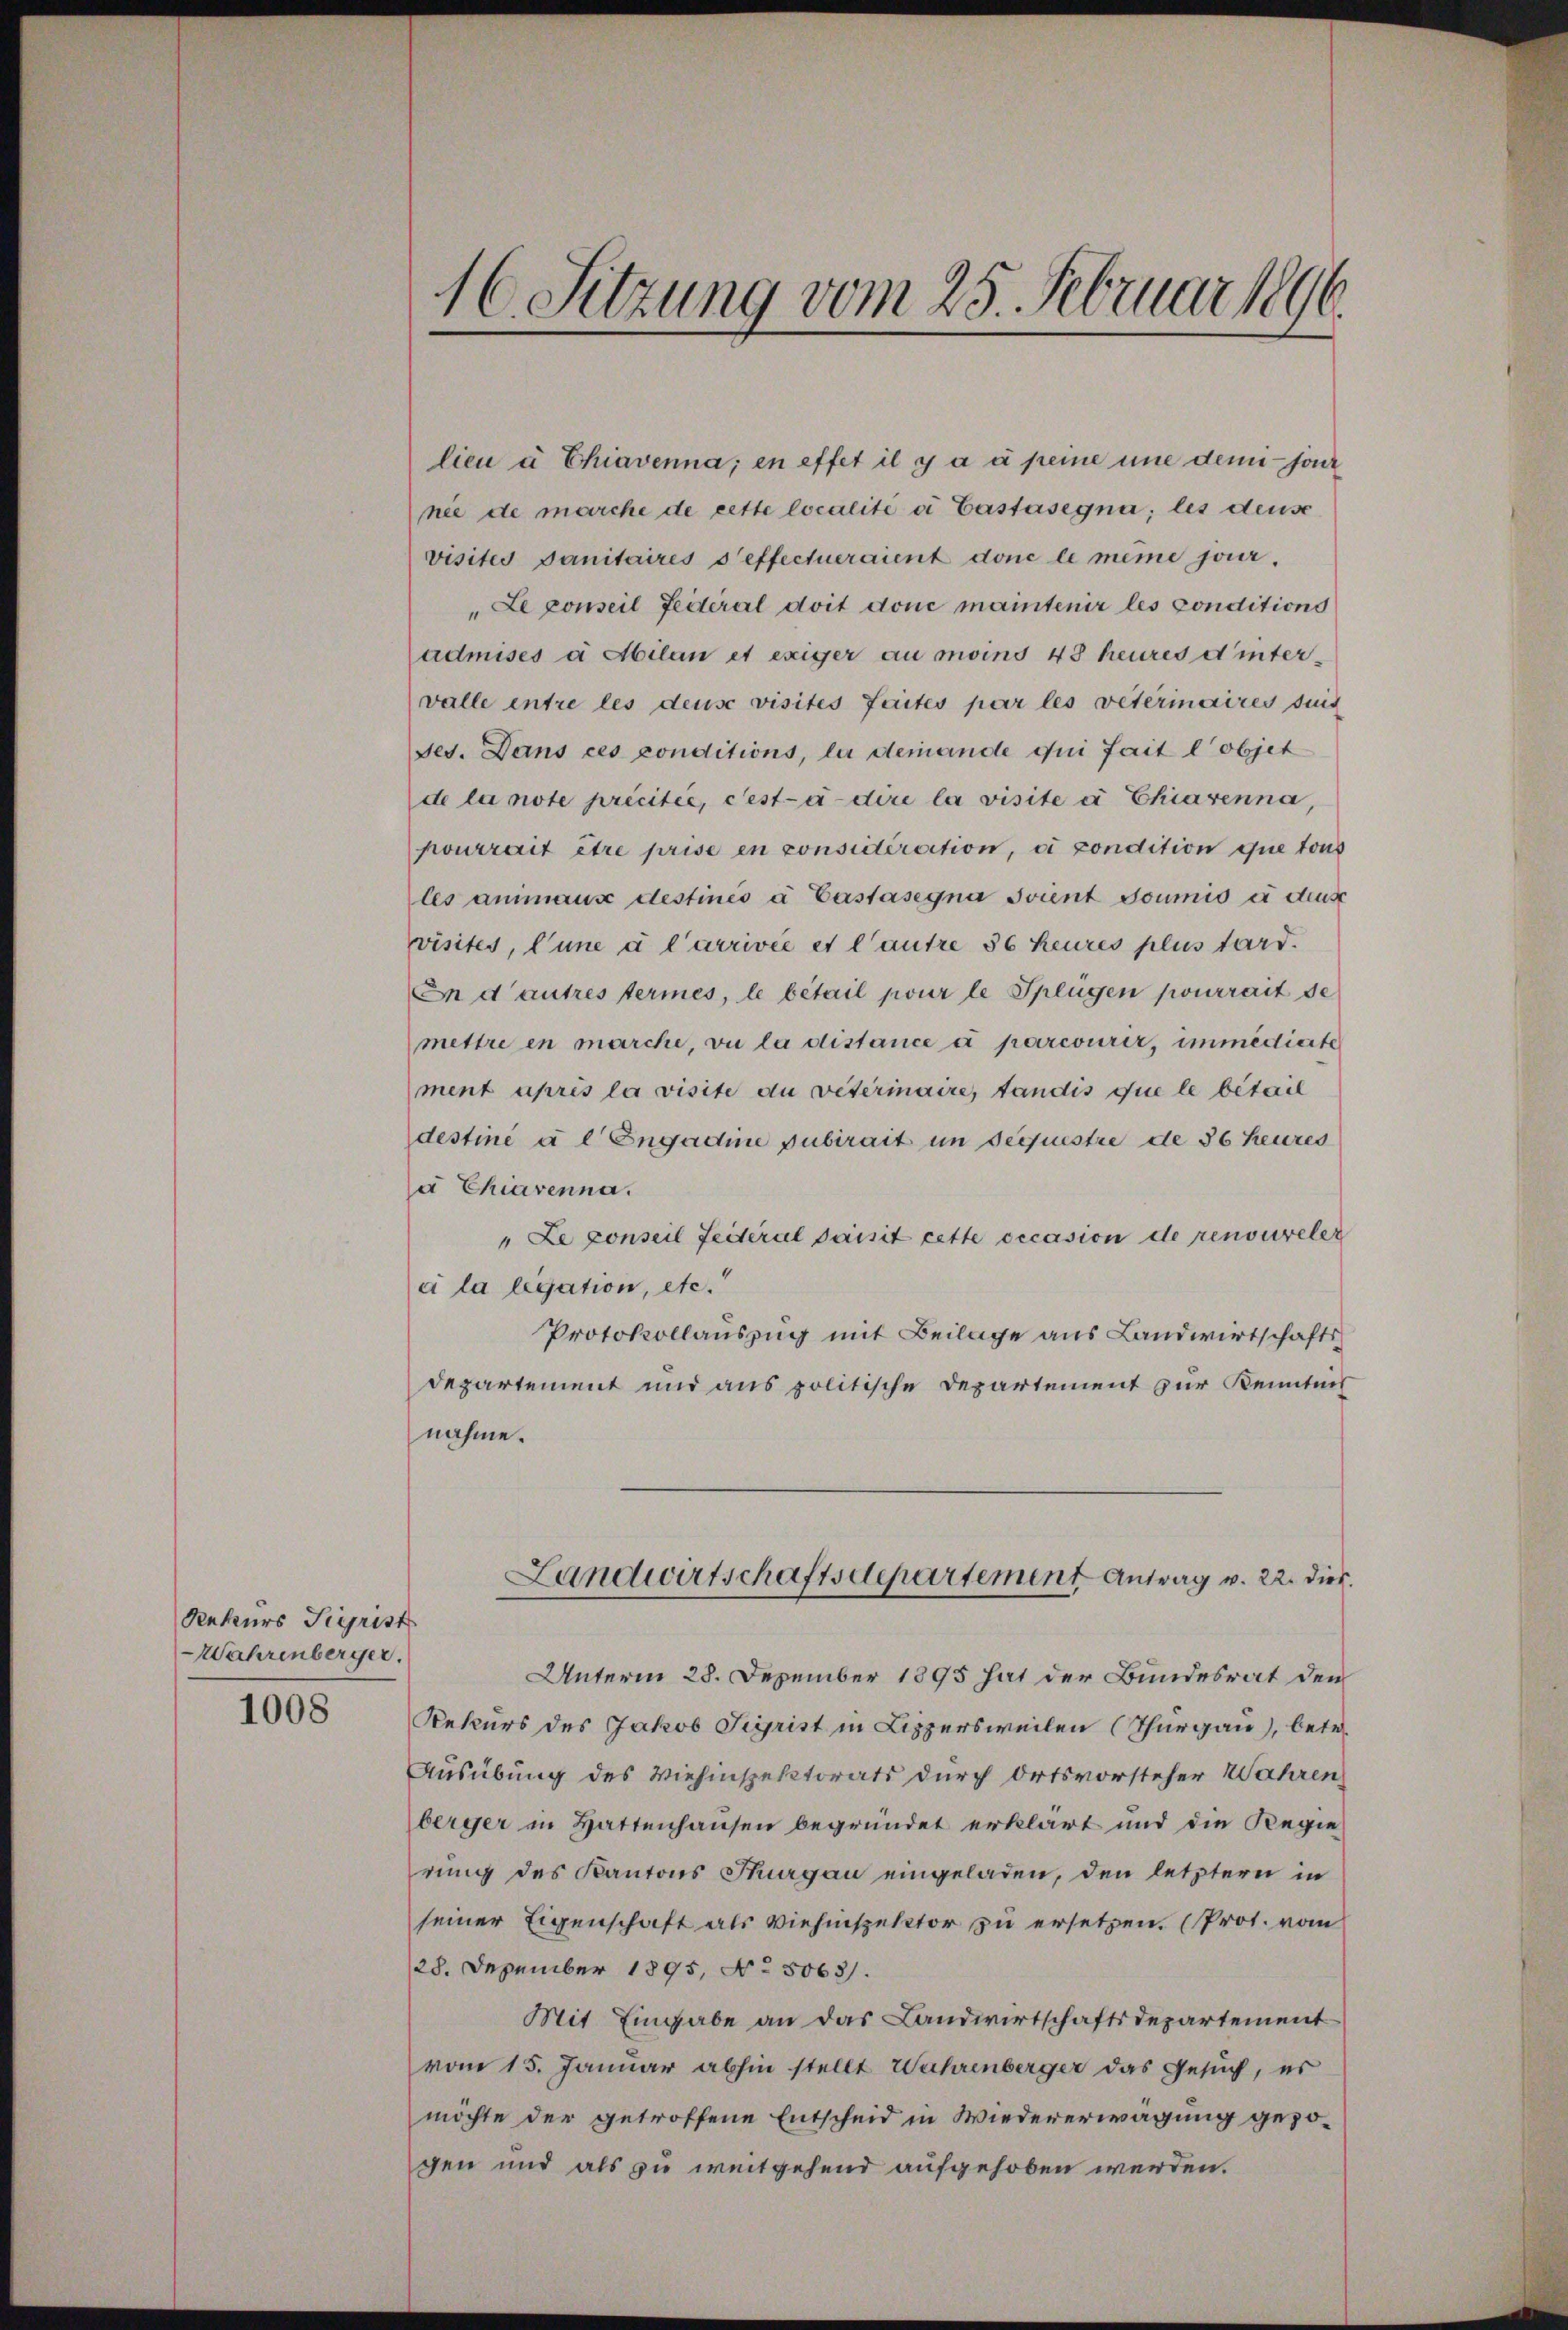
Rekurs Sigrist
Wahrenberger.

1008

16. Sitzung vom 25. Februar 1896.

lien à Chiavenna; en effet il y a à peine une dem sont
nee de marche de cette localité a Castasegna; les deuse
visites Sanitaires oeffectueraient donc le même jour.
"Le ponseil Leiteral doit done maintenir les conditions
admises à Abilan et exiger au moins 48 heures et intervalle entre les deuse visites faites par les veterinaires suis
ses. Dans ces conditions, le demande qui fait l’objet
de la note précitée, cest-à-dire la visite à Chiavenna,
pourrait être prise en considération, ei condition que tous
les animaux destinés à Castasegna Joient doumis in dens
visites, l’une à l’arrivée et l’autre 36 heures plus tard.
n d’autres termes, le bétail pour le Spengen pourrait de
mettre en marche, vie la distance a parcourir, immedierte
ment après la visite du veterinaire, tandis que le bétail
destine a l Engadine pubirait im Sequestre de 36 heures
a Chiavenna.
" Le conseil Federal saisit cette occasion de renonereler
c la legation, etc.
Protokollauszug mit Beilage aus Landwirtschaftsdepartement und aus politische Departement zur Kenntnis
nahme.
Landwirtschaftsdepartement Antrag v. 22. dies
Unterm 28. Dezember 1895 hat der Bundesrat den
Rekurs des Jakob Sigrist in Lippersweilen (Thurgau), betr.
Ausübung des Viehinspektorats durch Ortsvorsteher Wahren
berger in Hattenhausen begründet erklärt und die Regie
rung des Kantons Thurgau eingeladen, den letztern in
seiner Eigenschaft als Viehinspektor zu ersetzen. (Prot. vom
28. Dezember 1895, No. 5063).
Mit Eingabe an das Landwirtschaftsdepartement
vom 15. Januar abhin stellt Wahrenberger das Gesuch, er
möchte der getroffene Entscheid in Wiedererwägung gezogen und als zu weitgehend aufgehoben werden.